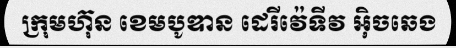
ក្រុមហ៊ុន ខេមបូឌាន ដេរីវ៉េទីវ អ៊ិចឆេង